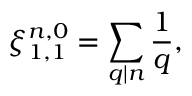
\xi _ { 1 , 1 } ^ { n , 0 } = \sum _ { q | n } \frac { 1 } { q } ,